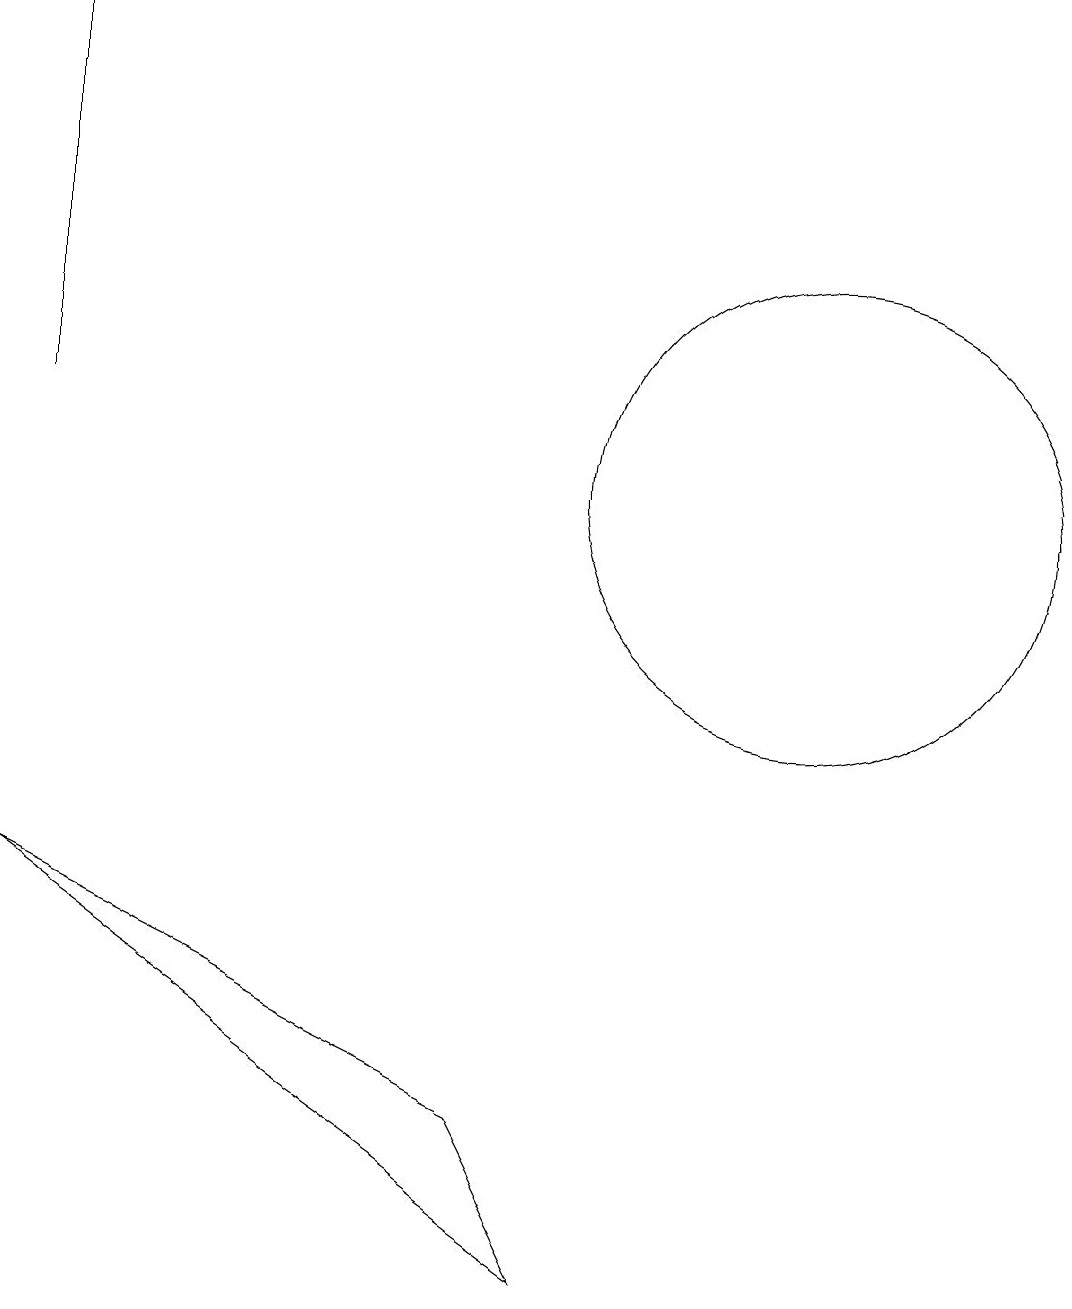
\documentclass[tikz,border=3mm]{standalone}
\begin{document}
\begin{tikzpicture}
\draw (0,7) -- (7,2) -- (6,4) -- cycle;
\draw[->] (0,13) -- (0,18);
\draw (10,12) circle (3);
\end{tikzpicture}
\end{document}